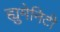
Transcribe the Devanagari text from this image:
ह्युमेनिटी